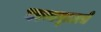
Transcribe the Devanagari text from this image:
काव्यवृत्ताचे